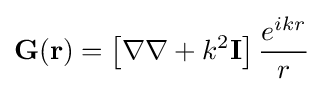
\mathbf {G} (\mathbf {r} )=\left[\nabla \nabla +k^{2}\mathbf {I} \right]{\frac {e^{ikr}}{r}}